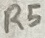
Text: R5